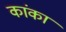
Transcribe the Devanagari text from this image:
कांका